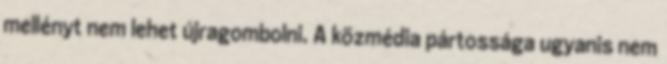
mellényt nem lehet újragombolni. A közmédia pártossága ugyanis nem